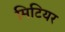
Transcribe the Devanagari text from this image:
मिटियर